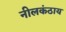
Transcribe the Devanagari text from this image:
नीलकंठाय